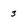
Character: 3